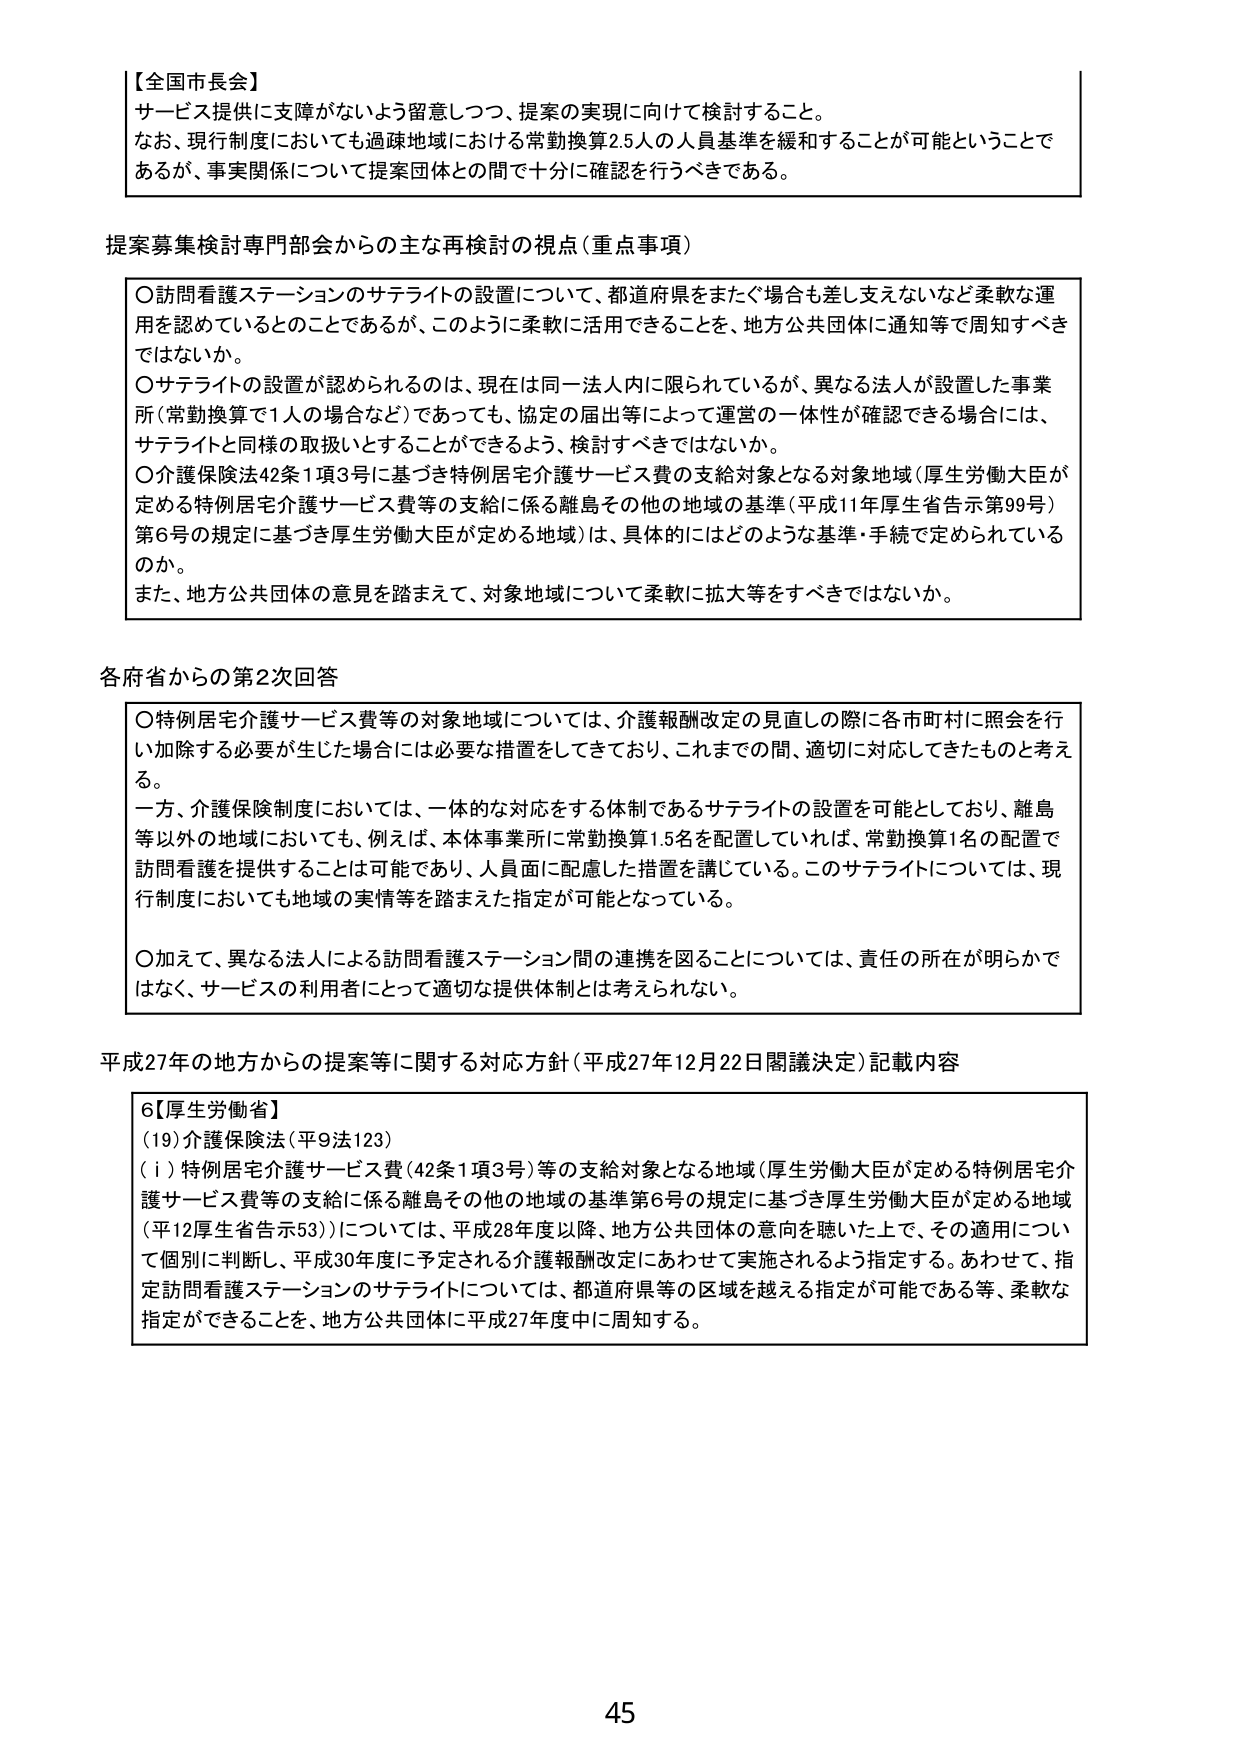
【全国市長会】
サービス提供に支障がないよう留意しつつ、提案の実現に向けて検討すること。
なお、現行制度においても過疎地域における常勤換算2.5人の人員基準を緩和することが可能ということで
あるが、事実関係について提案団体との間で十分に確認を行うべきである。

提案募集検討専門部会からの主な再検討の視点（重点事項）
〇訪問看護ステーションのサテライトの設置について、都道府県をまたぐ場合も差し支えないなど柔軟な運
用を認めているとのことであるが、このように柔軟に活用できることを、地方公共団体に通知等で周知すべき
ではないか。
〇サテライトの設置が認められるのは、現在は同一法人内に限られているが、異なる法人が設置した事業
所（常勤換算で1人の場合など）であっても、協定の届出等によって運営の一体性が確認できる場合には、
サテライトと同様の取扱いとすることができるよう、検討すべきではないか。
〇介護保険法42条1項3号に基づき特例居宅介護サービス費の支給対象となる対象地域（厚生労働大臣が
定める特例居宅介護サービス費等の支給に係る離島その他の地域の基準（平成11年厚生省告示第99号）
第6号の規定に基づき厚生労働大臣が定める地域）は、具体的にはどのような基準・手続で定められている
のか。
また、地方公共団体の意見を踏まえて、対象地域について柔軟に拡大等をすべきではないか。

各府省からの第2次回答
〇特例居宅介護サービス費等の対象地域については、介護報酬改定の見直しの際に各市町村に照会を行
い加除する必要が生じた場合には必要な措置をしてきており、これまでの間、適切に対応してきたものと考え
る。
一方、介護保険制度においては、一体的な対応をする体制であるサテライトの設置を可能としており、離島
等以外の地域においても、例えば、本体事業所に常勤換算1.5名を配置していれば、常勤換算1名の配置で
訪問看護を提供することは可能であり、人員面に配慮した措置を講じている。このサテライトについては、現
行制度においても地域の実情等を踏まえた指定が可能となっている。
〇加えて、異なる法人による訪問看護ステーション間の連携を図ることについては、責任の所在が明らかで
はなく、サービスの利用者にとって適切な提供体制とは考えられない。

平成27年の地方からの提案等に関する対応方針（平成27年12月22日閣議決定）記載内容
6【厚生労働省】
（19）介護保険法（平9法123）
（ⅰ）特例居宅介護サービス費（42条1項3号）等の支給対象となる地域（厚生労働大臣が定める特例居宅介
護サービス費等の支給に係る離島その他の地域の基準第6号の規定に基づき厚生労働大臣が定める地域
（平12厚生省告示53））については、平成28年度以降、地方公共団体の意向を聴いた上で、その適用につい
て個別に判断し、平成30年度に予定される介護報酬改定にあわせて実施されるよう指定する。あわせて、指
定訪問看護ステーションのサテライトについては、都道府県等の区域を越える指定が可能である等、柔軟な
指定ができることを、地方公共団体に平成27年度中に周知する。

45